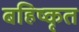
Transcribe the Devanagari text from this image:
बहिष्‍कृत